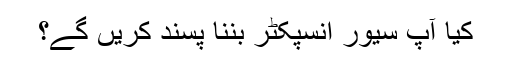
کیا آپ سیور انسپکٹر بننا پسند کریں گے؟